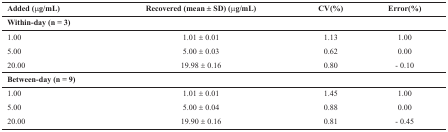
<table><thead><tr><td><b>Added ( μg/mL)</b></td><td><b>Recovered(mean ±SD) (μg/mL)</b></td><td><b>CV(%)</b></td><td><b>Error(%)</b></td></tr></thead><tbody><tr><td><b>W</b><b>ithin-day (n =</b><b>3)</b></td><td></td><td></td><td></td></tr><tr><td> 1.00</td><td>1.01 ± 0.01</td><td>1.13</td><td>1.00</td></tr><tr><td> 5.00</td><td>5.00 ± 0.03</td><td>0.62</td><td>0.00</td></tr><tr><td> 20.00</td><td>19.98 ± 0.16</td><td>0.80</td><td>- 0.10</td></tr><tr><td><b>Between-day (n =</b><b>9)</b></td><td></td><td></td><td></td></tr><tr><td> 1.00</td><td>1.01 ± 0.01</td><td>1.45</td><td>1.00</td></tr><tr><td> 5.00</td><td>5.00 ± 0.04</td><td>0.88</td><td>0.00</td></tr><tr><td> 20.00</td><td>19.90 ± 0.16</td><td>0.81</td><td>- 0.45</td></tr></tbody></table>